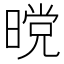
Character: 𭧋